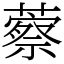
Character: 䕓